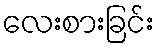
လေးစားခြင်း